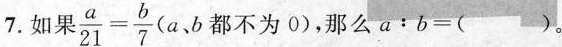
7 .如果$$\frac { a } { 2 1 } = \frac { b } { 7 }$$(a、b都不为0),那么$$a : b = ( )$$。